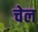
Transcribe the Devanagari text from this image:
चेल